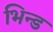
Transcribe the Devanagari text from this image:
भिन्ड